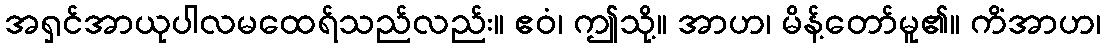
အရှင်အာယုပါလမထေရ်သည်လည်း။ ဧဝံ၊ ဤသို့။ အာဟ၊ မိန့်တော်မူ၏။ ကိံအာဟ၊